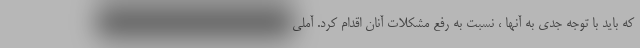
که باید با توجه جدی به آنها ، نسبت به رفع مشکلات آنان اقدام کرد. آملی